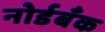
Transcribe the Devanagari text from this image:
नोर्डबँक